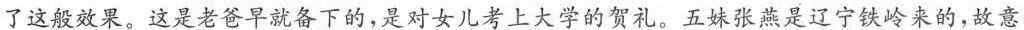
了这般效果，这是老爸早就备下的，是对女儿考上大学的贺礼，五妹张燕是辽宁铁岭来的，故意学着_